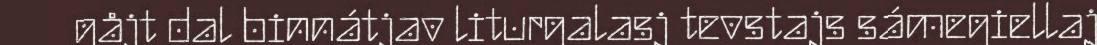
gåjt dal binnátjav liturgalasj tevstajs sámegiellaj